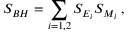
{ \cal S } _ { B H } = \sum _ { i = 1 , 2 } S _ { E _ { i } } S _ { M _ { i } } \; ,